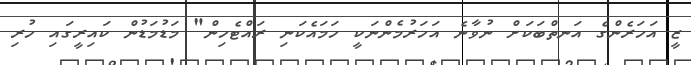
ޒީ އަހަރެންގެ އަނތްބަކަށް ނުވާނެ އަހަރުމެންނަކީ ހަމައެކަނި ރައްޓެހިން" މަޑުމަޑުން ކައިރީގައި ހުރި